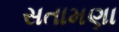
સતામણા